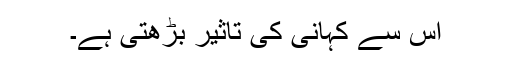
اس سے کہانی کی تاثیر بڑھتی ہے۔